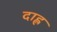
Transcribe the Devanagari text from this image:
दाह्ल